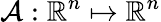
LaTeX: \mathcal{A}:\mathbb{R}^{n}\mapsto\mathbb{R}^{n}